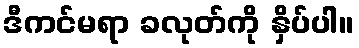
ဒီကင်မရာ ခလုတ်ကို နှိပ်ပါ။